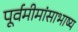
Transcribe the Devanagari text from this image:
पूर्वमीमांसाभाष्य